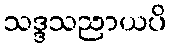
သဒ္ဒသညာယပိ